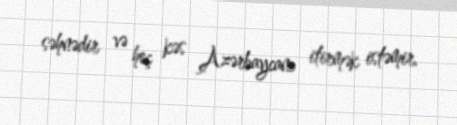
səhnədir və heç kəs Azərbaycanı itirmək istəmir.